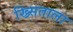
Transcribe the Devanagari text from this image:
ख्र्सिताला